Civil Veterinary Dept. Bombay admin report 1907-1913 - 1907-1913
Year: 1907
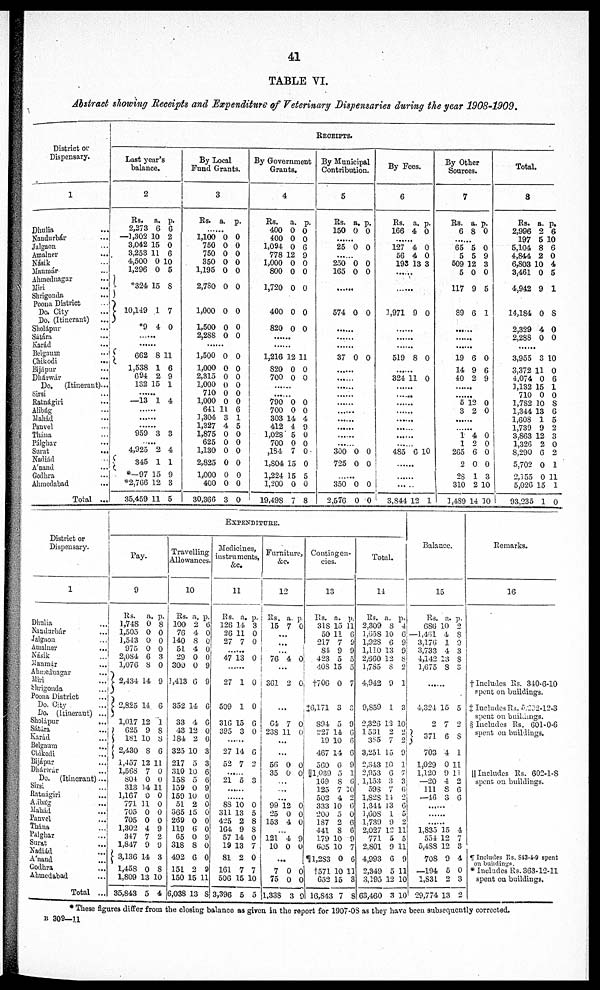
41
TABLE VI.
Abstract showing Receipts and Expenditure
of Veterinary
Dispensaries
during the year
1908-1909.
District or
Dispensary.
1
Dhulia ...
Nandurbár ...
Jalgaon ...
Amalner
...
Násik ...
Manmár ...
Ahmednagar ...
Miri ...
Shrigonda ...
Poona District ...
Do. City
Do. (Itinerant) ...
Sholápur ...
Sátára ...
Karád ...
Belgaum ...
Chikodi ...
Bijápur ...
Dhárwir ...
Do. (Itinerant)...
Sirsi ...
Ratnágiri ...
Alibág ...
Mahád ...
Panvel ...
Thána ...
Pálghar ...
Surat
...
Nadiád ...
A'nand ...
Godhra ...
Ahmedabad ...
Total ...
RECEIPTS.
Last year's
balance.
2
Rs.
2,273
—1,302 1
3,042 1
3,253 1
4,500
1,296
*324
1
10,149
*9
......
......
662
1,538
694
132
......
—13
......
......
......
959
......
4,925
345
*—97
*2,766
35,459
a.
6
0
5
1
0 1
0
5
1
4
8
1
2
15
1
3
2
1
15
12
11
p.
6
2
0
6
0
5
8
7
0
11
6
9
1
4
3
4
1
9
3
5
By Local
Fund Grants.
3
Rs.
......
1,100
750
750
350
1,195
2,780
1,000
1,500
2,288
......
1,500
1,000
2,315
1,000
710
1,000
641 1
3,304
1,327
1,875
625
1,130
2,825
1,000
400
30,366
a.
0
0
0
0
0
0
0
0
0
0
0
0
0
0
0
1
3
4
0
0
0
0
0
0
3
p.
0
0
0
0
0
0
0
0
0
0
0
0
0
0
0
6
1
5
0
0
0
0
0
0
0
By Government
Grants.
4
Rs.
400
400
1,094
778 1
1,000
800
1,720
400
820
......
......
1,216
820
700
......
......
790
700
303
412
1,028
700
184
1,804
1,224
1,200
19,498
a.
0
0
0 0
2
0
0
0
0
0
12 1
0
0
0
0
14
4
5
0
7
15
15
0
7
p.
0
0
9
0
0
0
0
0
1
0
0
0
0
4
9
0
0
0
0
5
0
8
By Municipal
Contribution.
5
Rs.
150
......
25
......
250
165
......
574
......
......
......
37
......
......
......
......
......
......
......
......
300
725
350
2,576
a.
0
0
0
0
0
0
0
0
0
0
p.
0
0
0
0
0
0
0
0
0
0
By Fees.
6
Rs.
166
127
56
193
......
......
1,971
......
......
......
519
......
324 1
......
......
......
......
......
......
......
......
485
......
......
3,844
a.
4
4
4
13
9
8
1
6
12
p.
0
0
0
3
0
0
0
10
1
By Other
Sources.
7
Rs.
6
65
5
509 1
5
117
89
......
......
......
19
14
40
......
......
5
3
......
......
1
1
265
2
23
310
1,489
a.
8
5
5
2
0
9
6
6
9
2
12
2
4
2
6
0
1
2
14 1
p.
0
0
9
3
0
5
1
0
6
9
0
0
0
0
0
0
3
10
0
Total.
8
Rs.
2,996
197
5,104
4,844
6,803 1
3,461
4,942
14,184
2,329
2,288
......
3,955
3,372
4,074
3,132
710
1,782
1,344
1,608
1,739
3,863
1,326
8,290
5,702
2,155
5,026
93,235
a.
2
5 1
8 6
2
0
0
9
0
4
0
3
11
0
15
0
10
13
1
9
12
2
6
0
0
15
1
p.
6
0
0
4
5
1
8
0
0
10
0
6
1
0
8
6
5
2
3
0
2
1
11
1
0
District or
Dispensary.
1
Dhalia ...
Naudarbár ...
Jalgaon ...
Amalner ...
Násik ...
Manmár ...
Ahmednagar ...
Miri ...
Shrigonda ...
Poona District ...
Do. City ...
Do. (Itinerant) ...
Sholápur ...
Sátára ...
Karád ...
Belgaum ...
Chikodi ...
Bijápur ...
Dhárwár ...
Do. (Itinerant) ...
Sirsi ...
Ratnágiri ...
Alibág ...
Mahad ...
Panvel ...
Thána ...
Palghar ...
Surat ...
Nadiád ...
A'nand ...
Godhra ...
Ahmedabad ...
Total ...
EXPENDITURE.
Pay.
9
Rs.
1,748
1,505
1,543
975
2,084
1,076
2,434
2,825
1,017
625
181
2,430
1,457
1,568
804
313
1,167
771
705
705
1,302
347
1,847
3,136
1,458
1,809
35,843
a.
0
0
0
0
6
8
14
14
12
9
10
8
12 1
7
0
14 1
0
11
0
0
4
7
9
14
0
13
5
p.
8
0
0
0
3
0
9
6
1
8
8
6
1
0
0
1
0
0
0
0
9
2
9
3
8
10
4
Travelling
Allowances.
10
Rs.
100
76
140
51
29
300
1,413
352
33
43
184
325
217
310
158
159
159
51
365
269
119
65
318
492
151
150
6,038
a.
2
4
8
4
0
0
6
14
4
12
2
10
5
10
5
0
10
2
15
0
6
0
8
6
2
15
13
p.
6
0
0
0
0
9
9
6
6
0
0
3
3
6
6
9
0
0
0
0
0
9
0
0
9
11
8
Medicines,
instruments,
&c.
11
Rs.
126
26
27
47
......
27
509
316
395
......
27
52
...
21
......
......
83
311
425
164
57
19
81
161
506
3,396
a.
14
11
7
13
1
1
15
3
14
7
...
5
10
13
2
9
14
13
2
7
15
5
p.
3
0
0
0
0
0
6
0
6
2
3
0
5
8
8
0
7
0
7
10
5
Furniture,
12
Rs.
15
...
...
...
76
...
361
...
64
238
...
...
56
35
...
...
...
99
25
153
121
10
..
7
75
1,338
a.
7
4
2
7
11
0
0
12
0
4
4
0
.
0
0
3
p.
0
0
0
0
0
0
0
0
0
0
9
0
0
0
9
Contingen-
cies.
13
Rs.
318
50
217
84
423
408
†706
‡6,171
894
227
19
467
560
||1,039
169
125
502
333
200
187
441
179
605
¶1,283
†571
652
16,843
a.
15
11
7
9
5
15
0
3
5
14
10
14
0
5
8
7
4
10
5
2
8
10
10
0
10
15
7
p.
11
6
9
9
5
5
7
3
9
6
6
6
9
1
6
30
2
6
0
6
6
9
7
6
11
3
8
Total.
14
Rs.
2,309
1,658
1,928
1,110
2,560
1,785
4,942
9,859
2,326
1 531
385
3,251
2,343
2,953
1,153
598
1,828
1,344
1,608
1,739
2,027
771
2,801
4,993
2,349
3,195
63,460
a.
8
10
6
13
12
8
9
1
13
2
7
15
10
6
3
7
14
13
1
9
12
5
9
6
5
12
3
p.
4
6
9
9
8
2
1
3
10
2
2
9
1
7
3
6
2
6
5
2
11
5
11
9
13
10
10
Balance.
15
Rs.
686
—1,461
3,176
3,733
4,142
3,675
......
4,324
2
371 6 8
703
1,029
1,120
—20
111
—46
......
......
......
1,835
554
5,488
708
—194
1,831
29,774
a.
10
4
1
4
13
8
15
7
4
0
9
4
8
3
15
12
12
9
5
2
13
p.
2
8
9
3
8
3
5
2
1
11
11
2
6
6
4
7
3
4
0
3
2
Remarks.
16
† Includes Rs. 340-6-10
spent on buildings.
‡ Includes Rs. 5,292-12-3
spent on buildings.
§ Includes Rs. 601-0-6
spent on buildings.
|| Includes Rs. 602-1-8
spent on buildings.
¶ Includes Rs. 843-4-9 spent
on buildings.
* Includes Rs. 363-12-11
spent on buildings.
* These figures differ from the closing balance as given in the report for 1907-08 as they have been subsequently corrected.
B 309—11